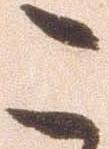
こ